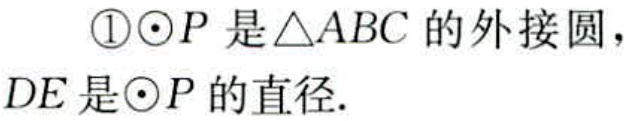
\textcircled{1}$\odot P$是$\triangle ABC$的外接圆，$DE$是$\odot P$的直径.